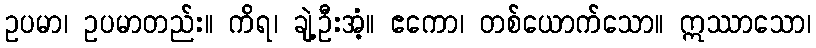
ဥပမာ၊ ဥပမာတည်း။ ကိရ၊ ချဲ့ဦးအံ့။ ဧကော၊ တစ်ယောက်သော။ ဣဿာသော၊